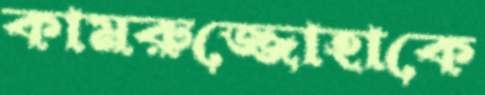
কামরুজ্জোহাকে